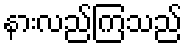
နားလည်ကြသည်